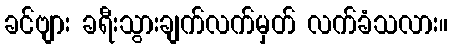
ခင်ဗျား ခရီးသွားချက်လက်မှတ် လက်ခံသလား။